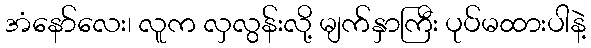
အံနော်လေး၊ လူက လှလွန်းလို့ မျက်နှာကြီး ပုပ်မထားပါနဲ့